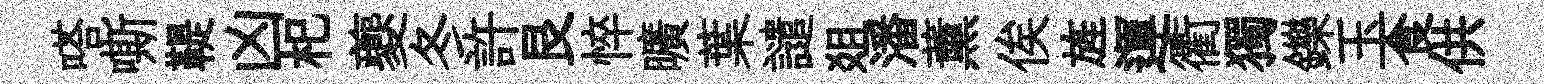
嗒嘶鞮凶𣏌夔冬許艮悴曠葉譴爼潘薰俟旌運衢獨鑠玉食供